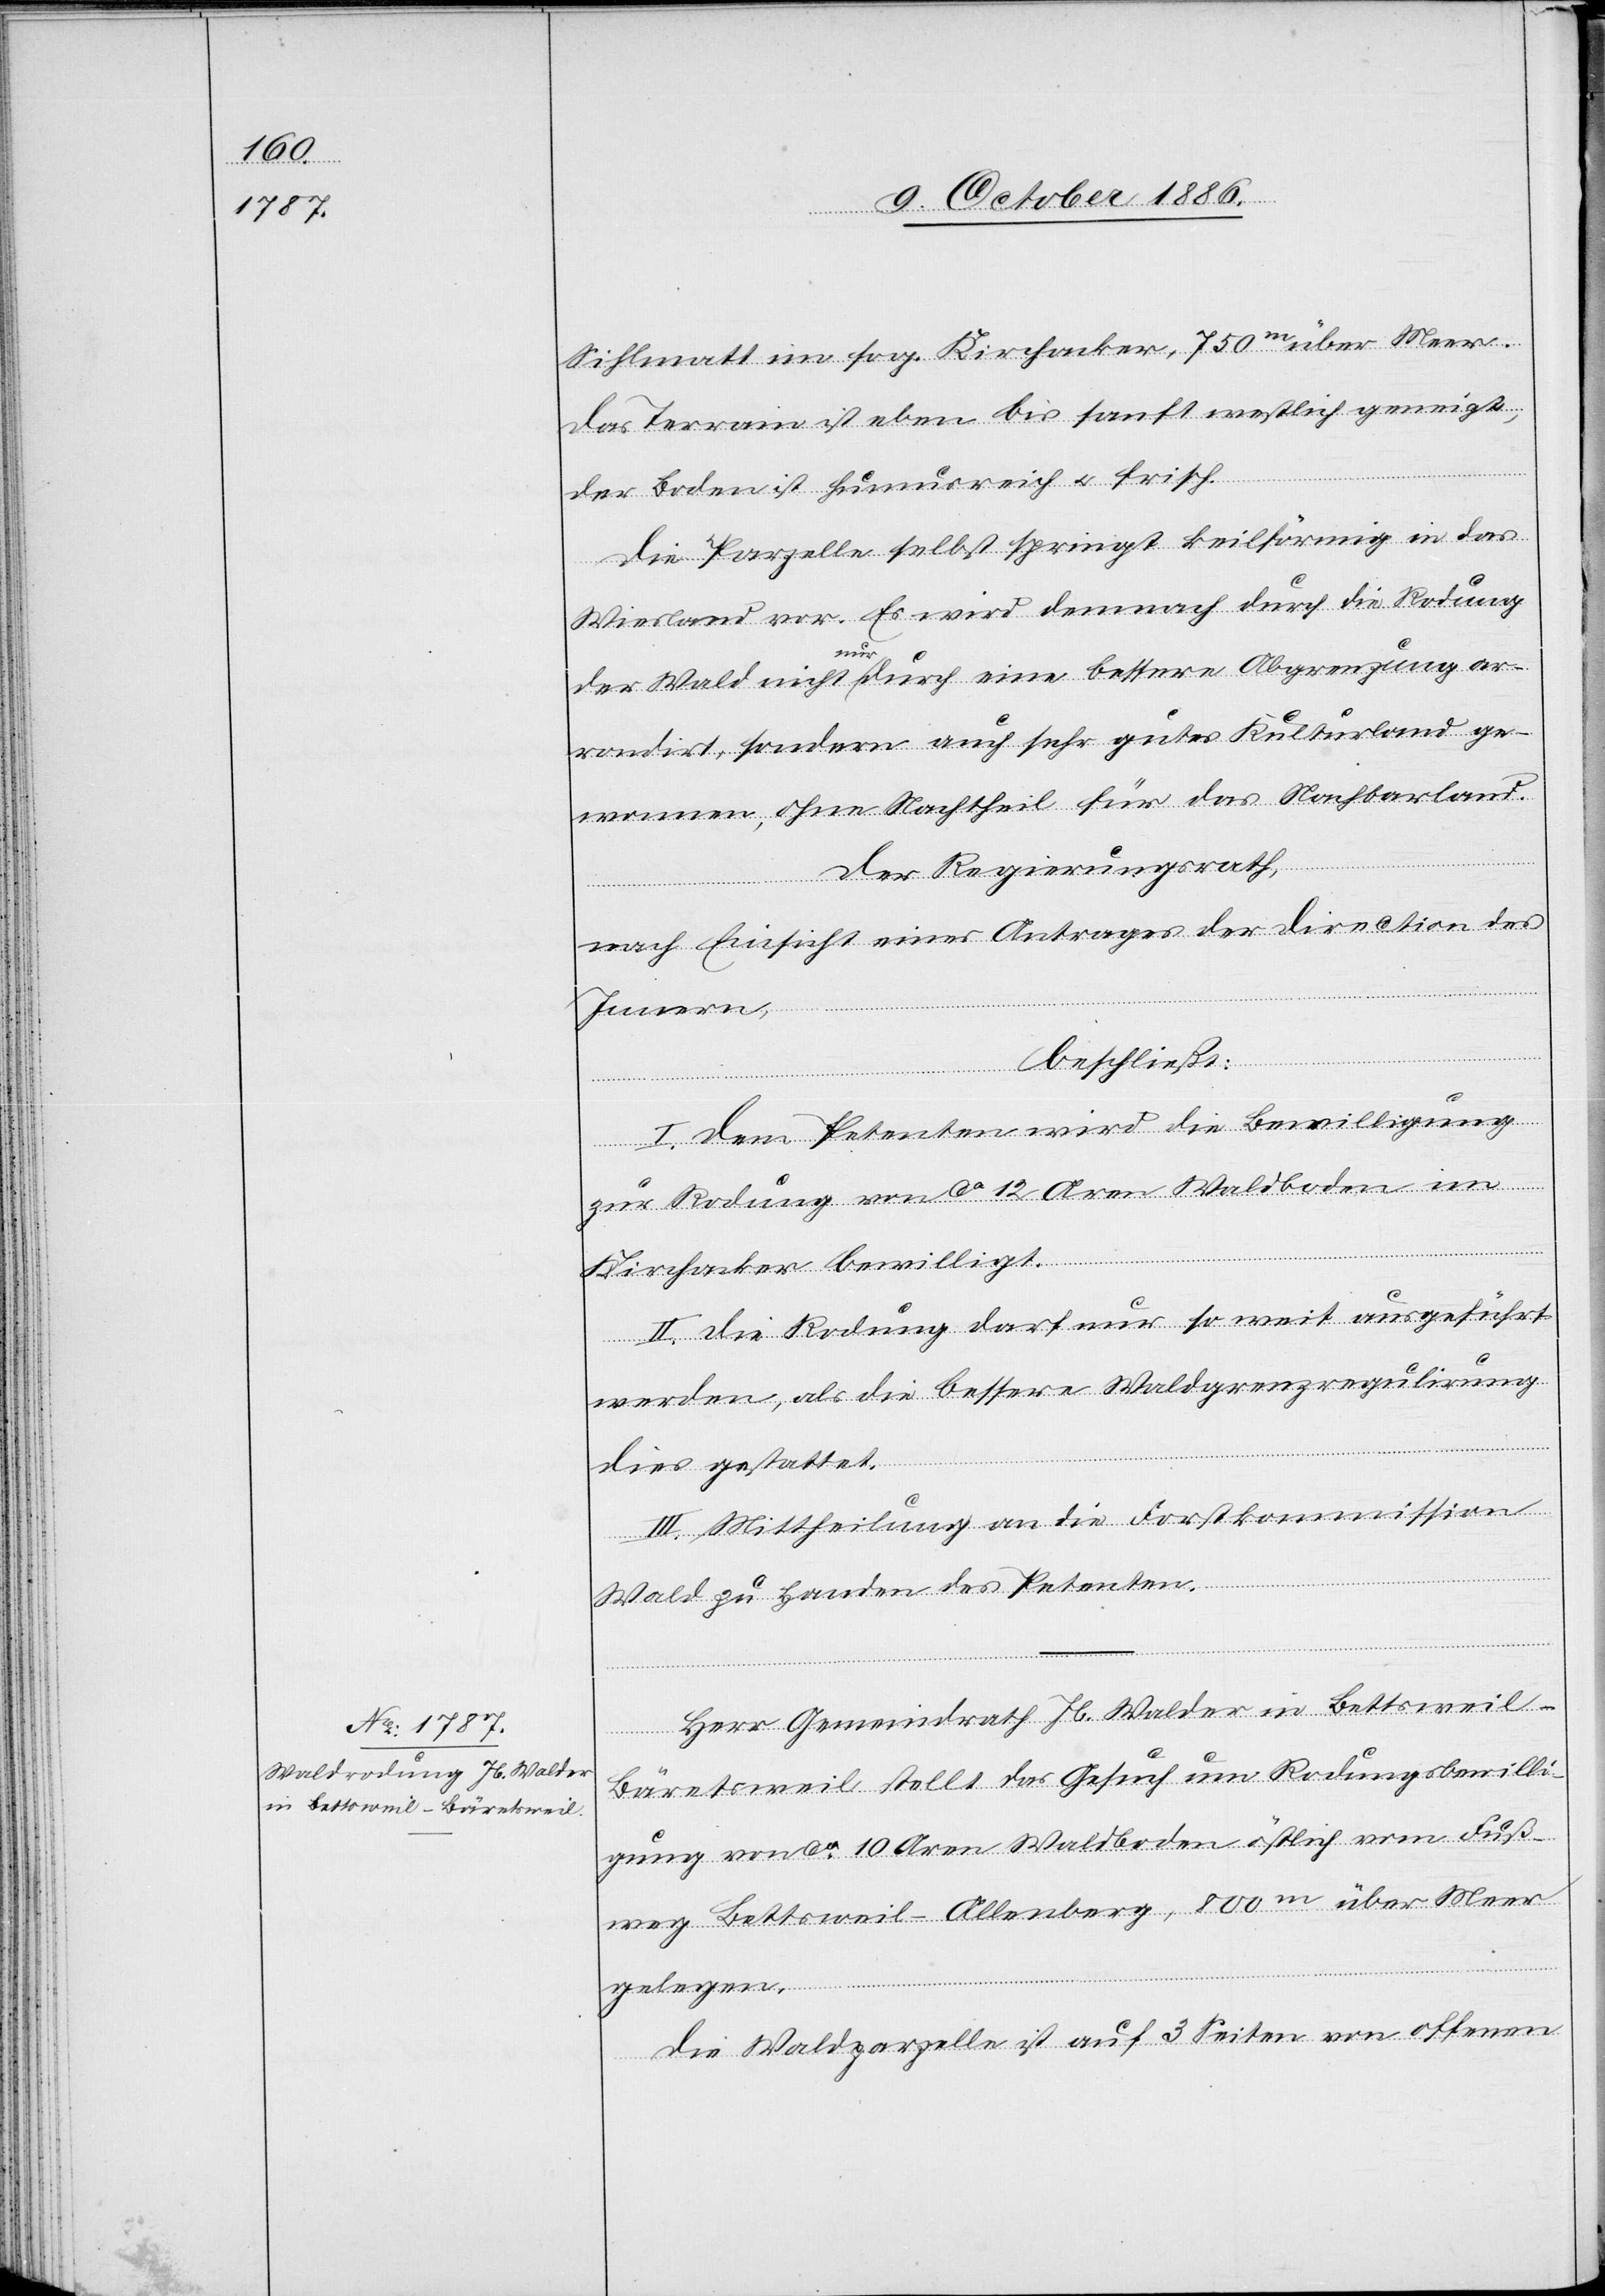
Sihlmatt im sog. Kirchenacker, 750m über Meer.
Das Terrain ist eben bis sanft westlich geneigt,
der Boden ist humusreich & frisch.
Die Parzelle selbst springt keilförmig in das
Wiesland vor. Es wird demnach durch die Rodung
der Wald nicht nur durch eine bessere Abgrenzung ar¬
rondirt, sondern auch sehr gutes Kulturland ge¬
wonnen, ohne Nachtheil für das Nachbarland.
Der Regierungsrath,
nach Einsicht eines Antrages der Direction des
Innern,
beschließt:
I. Dem Petenten wird die Bewilligung
zur Rodung von ca 12 Aren Waldboden im
Kirchenacker bewilligt.
II. Die Rodung darf nur so weit ausgeführt
werden, als die bessere Waldgrenzregulirung
dies gestattet.
III. Mittheilung an die Forstkommission
Wald zu Handen des Petenten.
Herr Gemeindrath Jb. Walder in Bettsweil -
Bäretsweil stellt das Gesuch um Rodungsbewilli¬
gung von ca 10 Aren Waldboden östlich vom Fuß¬
weg Bettsweil–Allenberg, 800m über Meer
gelegen.
Die Waldparzelle ist auf 3 Seiten von offenen